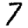
Digit: 7